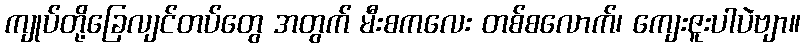
ကျုပ်တို့ခြေလျင်တပ်တွေ အတွက် မီးစကလေး တစ်စလောက်၊ ကျေးဇူးပါပဲဗျာ။